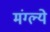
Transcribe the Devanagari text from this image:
मंग्ल्ये